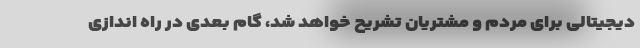
دیجیتالی برای مردم و مشتریان تشریح خواهد شد، گام بعدی در راه اندازی